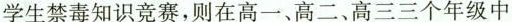
学生禁毒知识竞赛，则在高一、高二、高三三个年级中